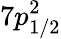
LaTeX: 7p_{1/2}^{2}